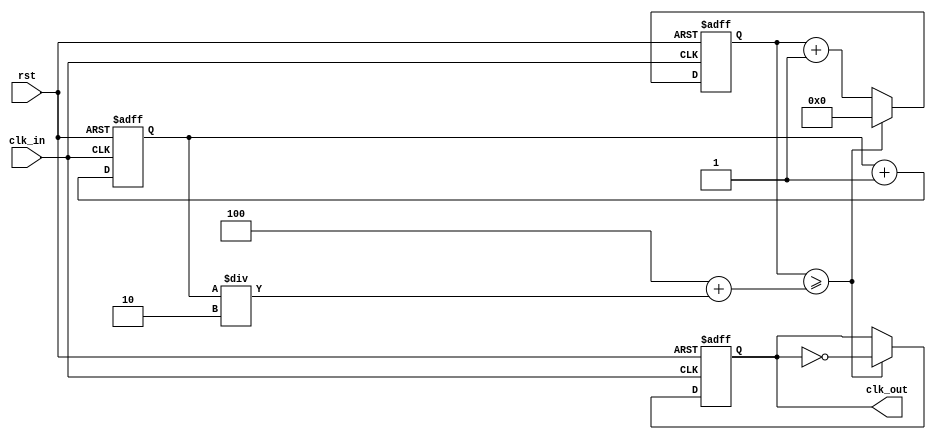
module fractional_divider #(
    parameter N = 4, // Integer part of division
    parameter M = 2  // Fractional part (1/M)
)(
    input wire clk_in,
    input wire rst,
    output reg clk_out
);
    reg [31:0] count;
    reg [31:0] fractional_count;
    
    initial begin
        count = 0;
        clk_out = 0;
        fractional_count = 0;
    end

    always @(posedge clk_in or posedge rst) begin
        if (rst) begin
            count <= 0;
            clk_out <= 0;
            fractional_count <= 0;
        end else begin
            count <= count + 1;
            if (count >= (N + fractional_count/M)) begin
                clk_out <= ~clk_out;
                count <= 0;
            end
            fractional_count <= fractional_count + 1; // Increment fractional count
        end
    end
endmodule